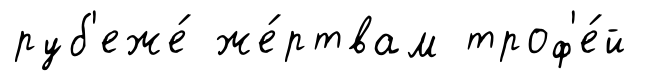
руб'еже́ же́ртвам троф'е́й